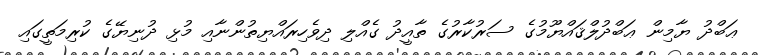
ޢަބްދު ޔާމިން ޢަބްދުލްޤައްޔޫމުގެ ސަރުކާރުގެ ތާއީދު ގެއްލި ދިވެހިރައްޔިތުންނާއި މުޅި ދުނިޔޭގެ ކުރިމަތީގައި